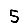
Digit: 5